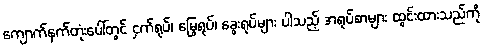
ကျောက်နက်တုံးပေါ်တွင် ငှက်ရုပ်၊ မြွေရုပ်၊ ခွေးရုပ်များ ပါသည့် အရုပ်စာများ ထွင်းထားသည်ကို